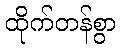
ထိုက်တန်စွာ